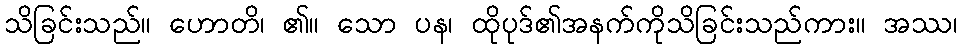
သိခြင်းသည်။ ဟောတိ၊ ၏။ သော ပန၊ ထိုပုဒ်၏အနက်ကိုသိခြင်းသည်ကား။ အဿ၊